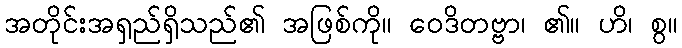
အတိုင်းအရှည်ရှိသည်၏ အဖြစ်ကို။ ဝေဒိတဗ္ဗာ၊ ၏။ ဟိ၊ စွ။